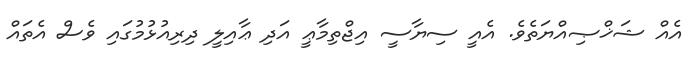
އެއް ޝަޚްޞިއްޔަތެވެ. އެއީ ސިޔާސީ އިޖްތިމާޢީ އަދި ޢާއިލީ ދިރިއުޅުމުގައި ވެސް އެތައް